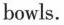
bowls.